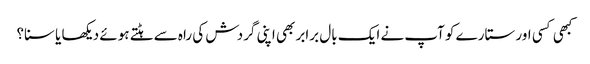
کبھی کسی اور ستارے کو آپ نے ایک بال برابر بھی اپنی گردش کی راہ سے ہٹتے ہوئے دیکھا یا سنا؟